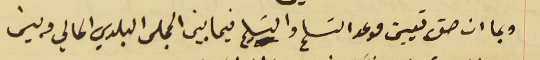
وبما ان حق تعيين موعد التسلم والتسليم فيما بين المجلس البلدي الحالي وبين